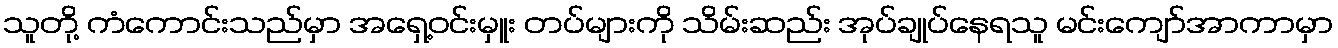
သူတို့ ကံကောင်းသည်မှာ အရှေ့ဝင်းမှူး တပ်များကို သိမ်းဆည်း အုပ်ချုပ်နေရသူ မင်းကျော်အာကာမှာ